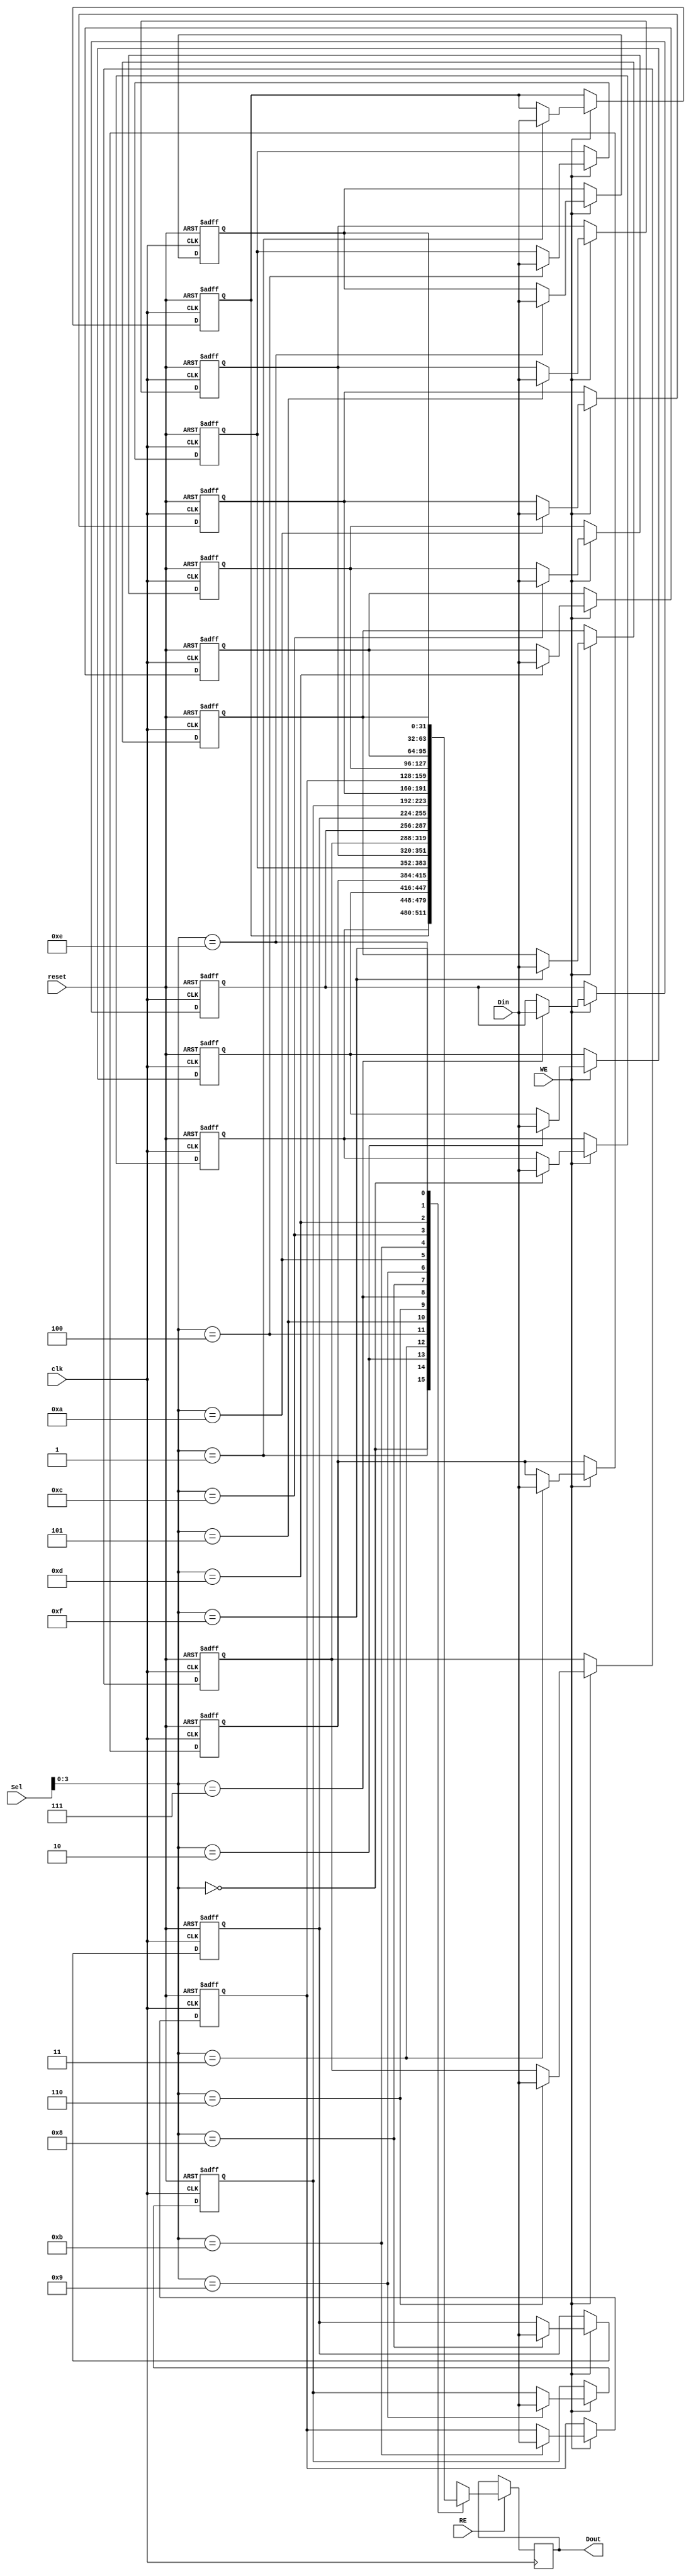
module IO_Block_Register_File #(
    parameter N_REGISTERS = 16,    // Number of registers
    parameter REG_WIDTH = 32       // Width of each register
)(
    input wire clk,                // Clock signal
    input wire reset,              // Active high reset signal
    input wire [REG_WIDTH-1:0] Din,// Data input
    input wire [4:0] Sel,          // Select address (5 bits for up to 32 registers)
    input wire RE,                 // Read enable
    input wire WE,                 // Write enable
    output reg [REG_WIDTH-1:0] Dout // Data output
);

    // Register array declaration
    reg [REG_WIDTH-1:0] register_file [0:N_REGISTERS-1];

    // Asynchronous reset logic
    integer i;
    always @(posedge clk or posedge reset) begin
        if (reset) begin
            // Initialize all registers to zero
            for (i = 0; i < N_REGISTERS; i = i + 1) begin
                register_file[i] <= {REG_WIDTH{1'b0}};
            end
        end else begin
            // Write operation
            if (WE) begin
                register_file[Sel] <= Din;
            end
        end
    end

    // Read operation
    always @(posedge clk) begin
        if (RE) begin
            Dout <= register_file[Sel];
        end
    end

endmodule